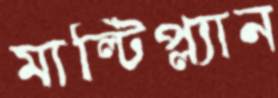
মাল্টিপ্ল্যান